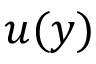
u ( y )